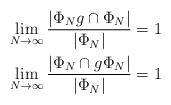
\begin{align*}\lim_{N \to \infty} \dfrac{|\Phi_N g \cap \Phi_N|}{|\Phi_N|}=1\\\lim_{N \to \infty} \dfrac{|\Phi_N \cap g \Phi_N|}{|\Phi_N|}=1\end{align*}